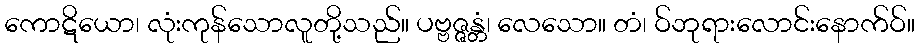
ကောဋိယော၊ လုံးကုန်သောလူတို့သည်။ ပဗ္ဗဇ္ဇန္တံ၊ လေသော။ တံ၊ ဝ်ဘုရားလောင်းနောက်ဝ်။